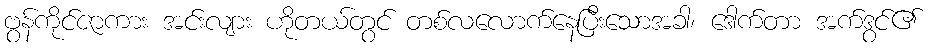
ဗွန်ကိုင်ဇာကား အင်းလျား ဟိုတယ်တွင် တစ်လလောက်နေပြီးသောအခါ၊ ဒေါက်တာ အက်ဒွင်၏